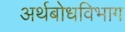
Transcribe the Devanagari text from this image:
अर्थबोधविभाग